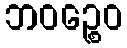
ဘဝဉ္စေဝ